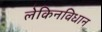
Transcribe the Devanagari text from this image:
लेकिनविधान